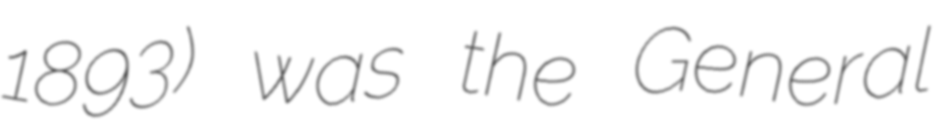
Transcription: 1893) was the General